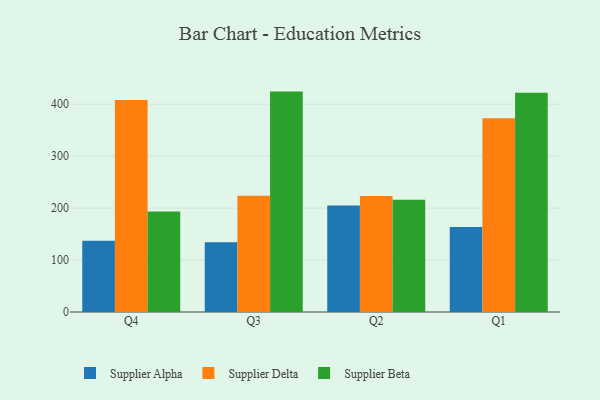
{"axis": {"x": "Quarter", "y": "Budget (USD K)"}, "legend": ["Supplier Alpha", "Supplier Beta", "Supplier Delta"], "data": [{"x": "Q4", "y": 137.2, "type": "Supplier Alpha"}, {"x": "Q4", "y": 408.1, "type": "Supplier Delta"}, {"x": "Q4", "y": 193.6, "type": "Supplier Beta"}, {"x": "Q3", "y": 134.1, "type": "Supplier Alpha"}, {"x": "Q3", "y": 223.8, "type": "Supplier Delta"}, {"x": "Q3", "y": 424.2, "type": "Supplier Beta"}, {"x": "Q2", "y": 204.9, "type": "Supplier Alpha"}, {"x": "Q2", "y": 223.4, "type": "Supplier Delta"}, {"x": "Q2", "y": 216.0, "type": "Supplier Beta"}, {"x": "Q1", "y": 163.8, "type": "Supplier Alpha"}, {"x": "Q1", "y": 372.8, "type": "Supplier Delta"}, {"x": "Q1", "y": 422.1, "type": "Supplier Beta"}]}